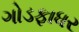
ગોડફાધર